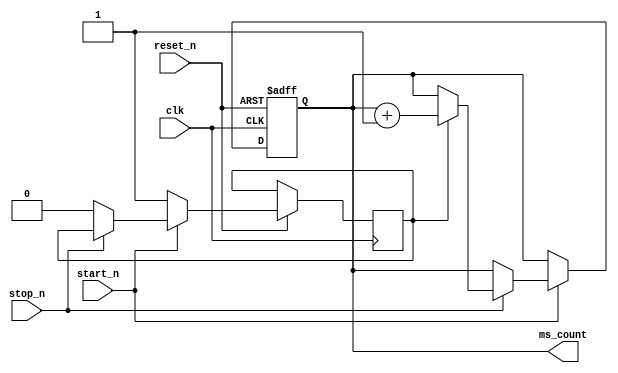
module counter (input clk, input reset_n, start_n, stop_n, output reg [19:0] ms_count);

	reg count_state = 1'b0;
	
	always@(posedge clk, negedge reset_n) begin
		if (!reset_n) begin				//KEY[0]
			ms_count <= 1'b0;
		end
		else if (!start_n) begin		//KEY[1]
			count_state <= 1'b1;
		end
		else if (!stop_n) begin			//KEY[2]
			count_state <= 1'b0;
		end
		else if (count_state == 1'b1) begin
			ms_count = ms_count + 1'b1;
		end
	end
endmodule